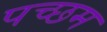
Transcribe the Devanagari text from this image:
पच्छम